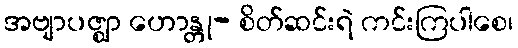
အဗျာပဇ္ဈာ ဟောန္တု- စိတ်ဆင်းရဲ ကင်းကြပါစေ၊